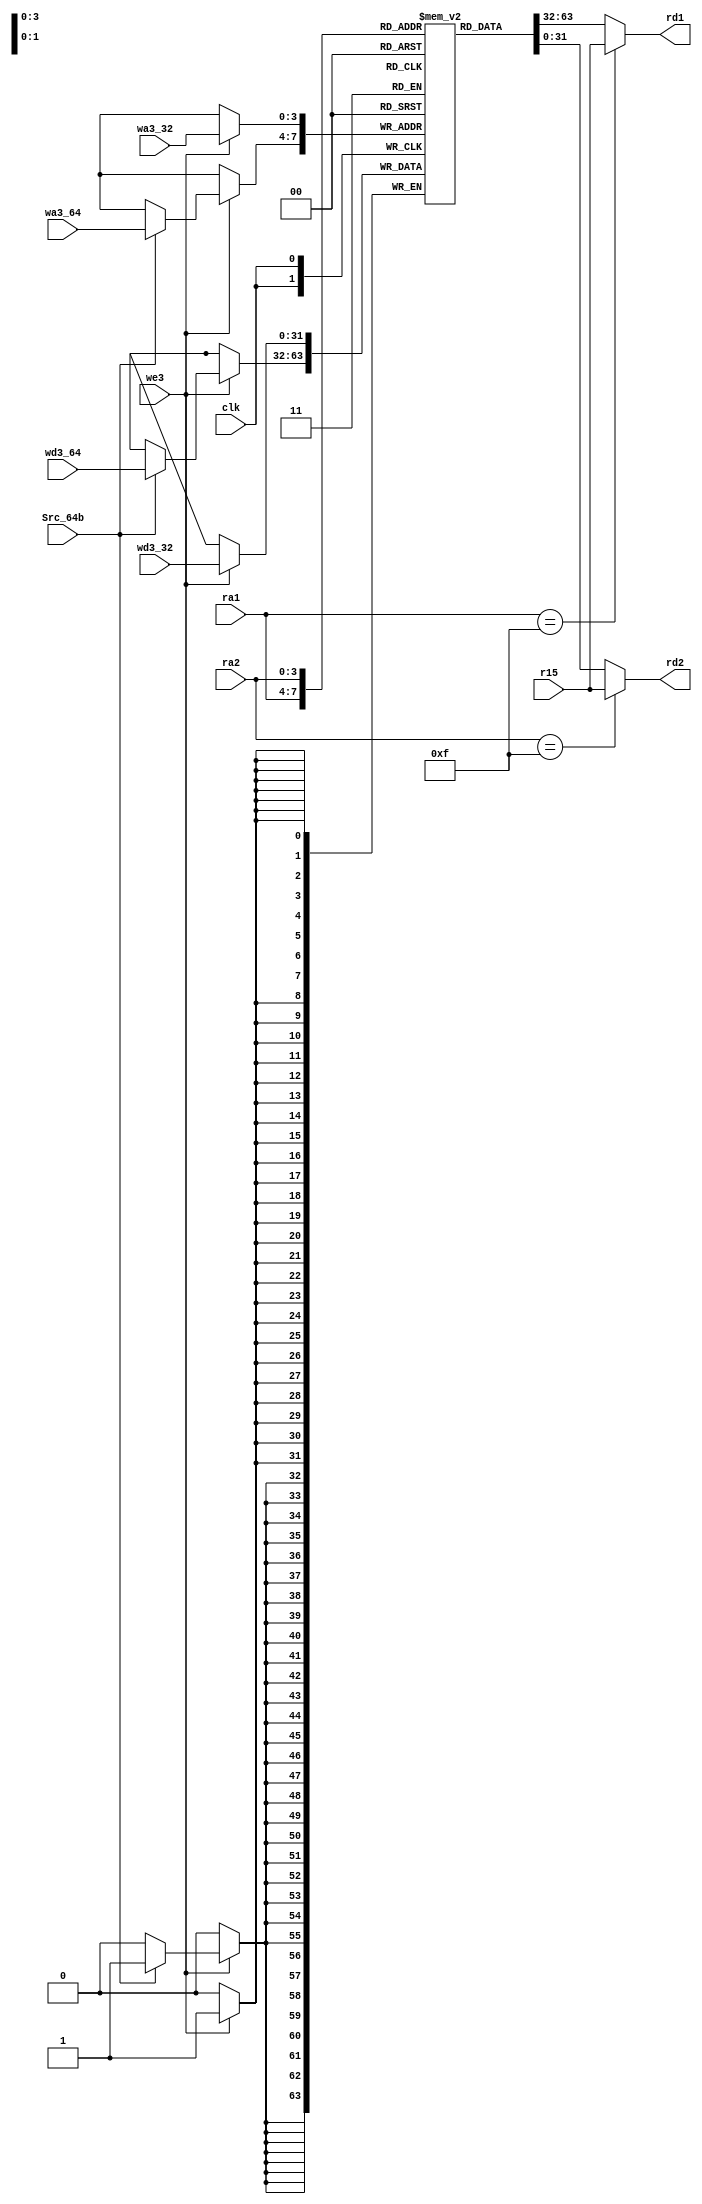
// vim: set expandtab:

module regfile (
    clk,
    we3,
    ra1,
    ra2,
    wa3_32,     //wa3
    wa3_64,     //wa4
    wd3_32,     //wd3
    wd3_64,     //wd4
    Src_64b,    
    r15,
    rd1,
    rd2
);
    input wire clk;
    input wire we3;
    input wire [3:0] ra1;
    input wire [3:0] ra2;
    input wire [3:0] wa3_32;
    input wire [3:0] wa3_64;
    input wire [31:0] wd3_32;
    input wire [31:0] wd3_64;
    input wire Src_64b;
    input wire [31:0] r15;
    output wire [31:0] rd1;
    output wire [31:0] rd2;
    reg [31:0] rf [14:0];

    always @(posedge clk)
        if (we3) begin
            rf[wa3_32] <= wd3_32;
            if(Src_64b) begin
                rf[wa3_64] <= wd3_64;
            end
        end

    assign rd1 = (ra1 == 4'b1111 ? r15 : rf[ra1]);
    assign rd2 = (ra2 == 4'b1111 ? r15 : rf[ra2]);
endmodule